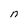
Character: n